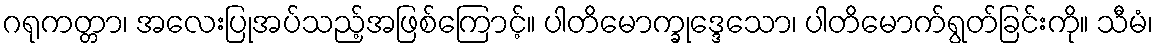
ဂရုကတ္တာ၊ အလေးပြုအပ်သည့်အဖြစ်ကြောင့်။ ပါတိမောက္ခုဒ္ဒေသော၊ ပါတိမောက်ရွတ်ခြင်းကို။ သီမံ၊